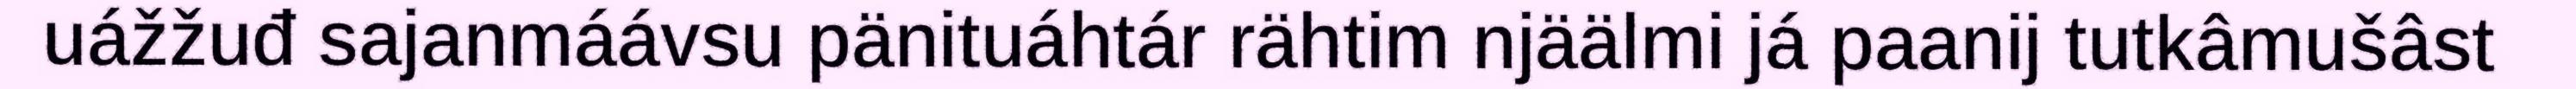
uážžuđ sajanmáávsu pänituáhtár rähtim njäälmi já paanij tutkâmušâst